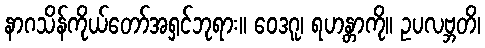
နာဂသိန်ကိုယ်တော်အရှင်ဘုရား။ ဝေဒဂူ၊ ရဟန္တာကို။ ဥပလဗ္ဘတိ၊